65_HS1-834228961_62-HQ-83894_Section_2
Agency: FBI
Page 55
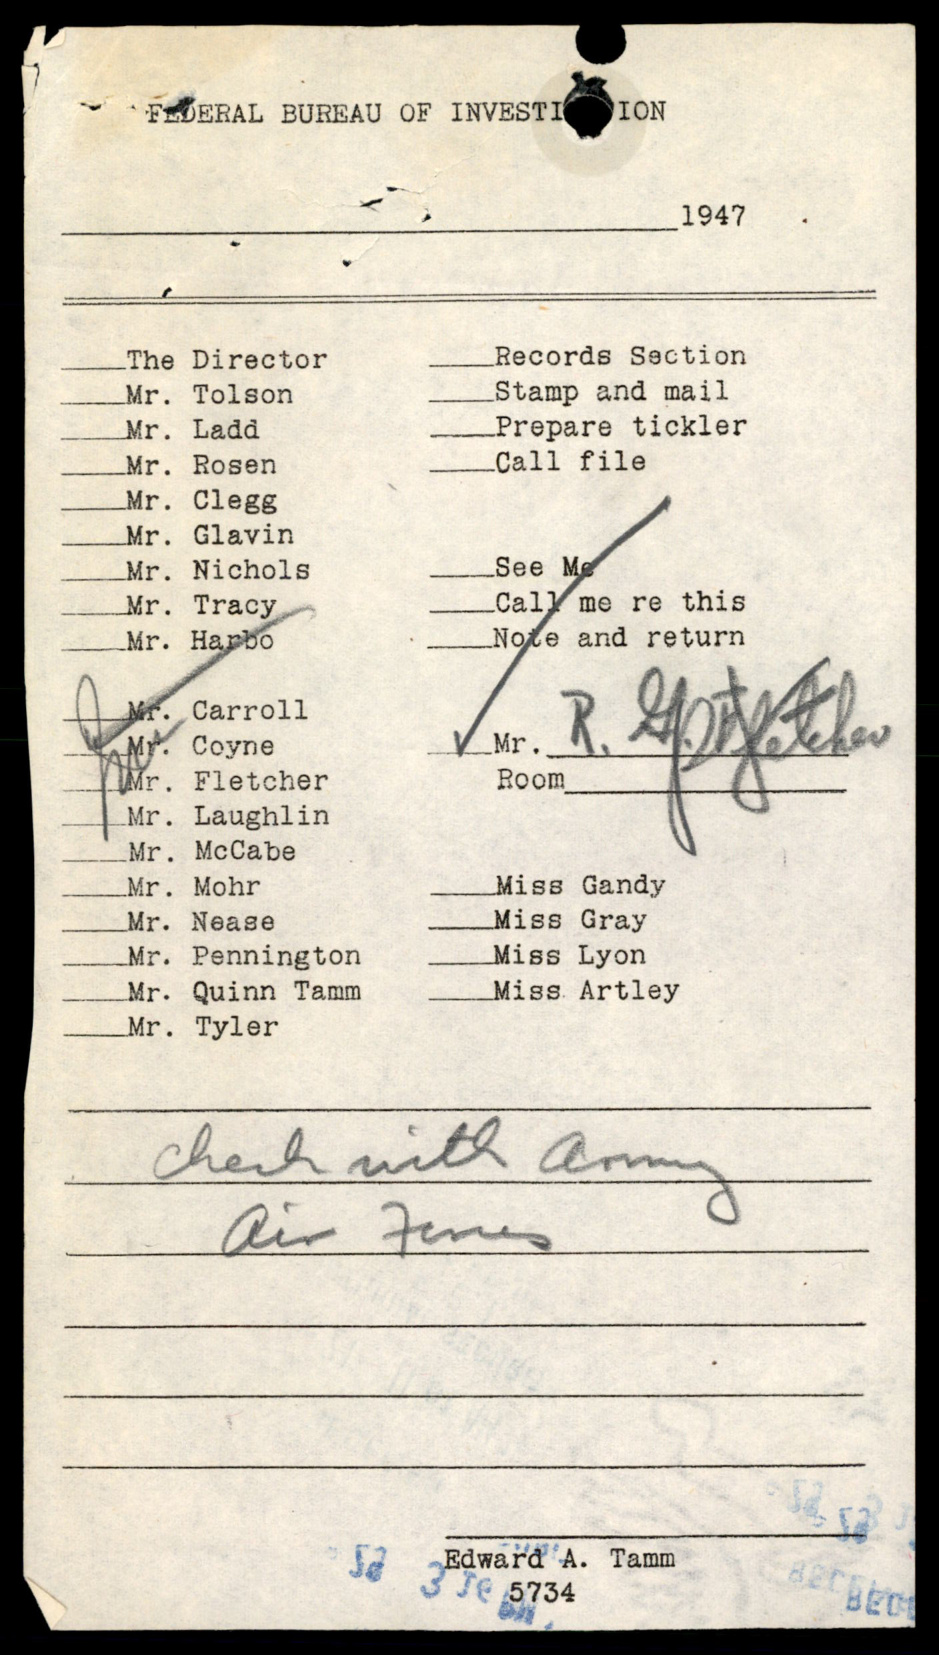